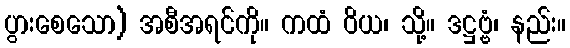
ပွားစေသော) အစီအရင်ကို။ ကထံ ဝိယ၊ သို့။ ဒဋ္ဌဗ္ဗံ၊ နည်း။